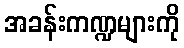
အခန်းကဏ္ဍများကို